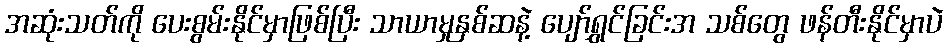
အဆုံးသတ်ကို ပေးစွမ်းနိုင်မှာဖြစ်ပြီး သာယာမှုနှစ်ဆနဲ့ ပျော်ရွှင်ခြင်းအ သစ်တွေ ဖန်တီးနိုင်မှာပဲ